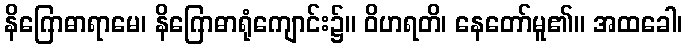
နိဂြောဓာရာမေ၊ နိဂြောဓာရုံကျောင်း၌။ ဝိဟရတိ၊ နေတော်မူ၏။ အထခေါ၊